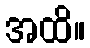
အထိ။